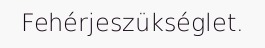
Fehérjeszükséglet.